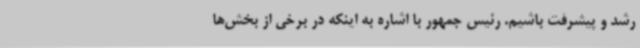
رشد و پیشرفت باشیم. رئیس جمهور با اشاره به اینکه در برخی از بخش‌ها